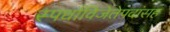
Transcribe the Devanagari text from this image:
स्पर्धाविजेतेपदांसह